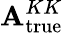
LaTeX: \mathbf{A}_{\mathrm{{true}}}^{KK}